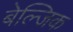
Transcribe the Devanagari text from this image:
बेल्जिक